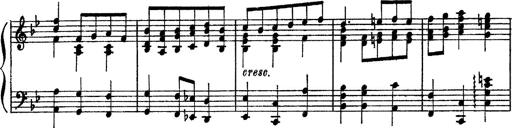
Title: Sarabande und Chaconne aus dem Singspiel
Composer: Franz Liszt